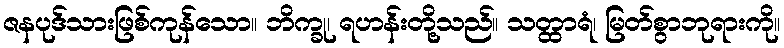
ဇနပုဒ်သားဖြစ်ကုန်သော။ ဘိက္ခု၊ ရဟန်းတို့သည်။ သတ္ထာရံ၊ မြတ်စွာဘုရားကို။